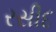
રસીદ